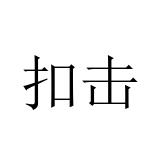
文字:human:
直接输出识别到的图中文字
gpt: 扣击